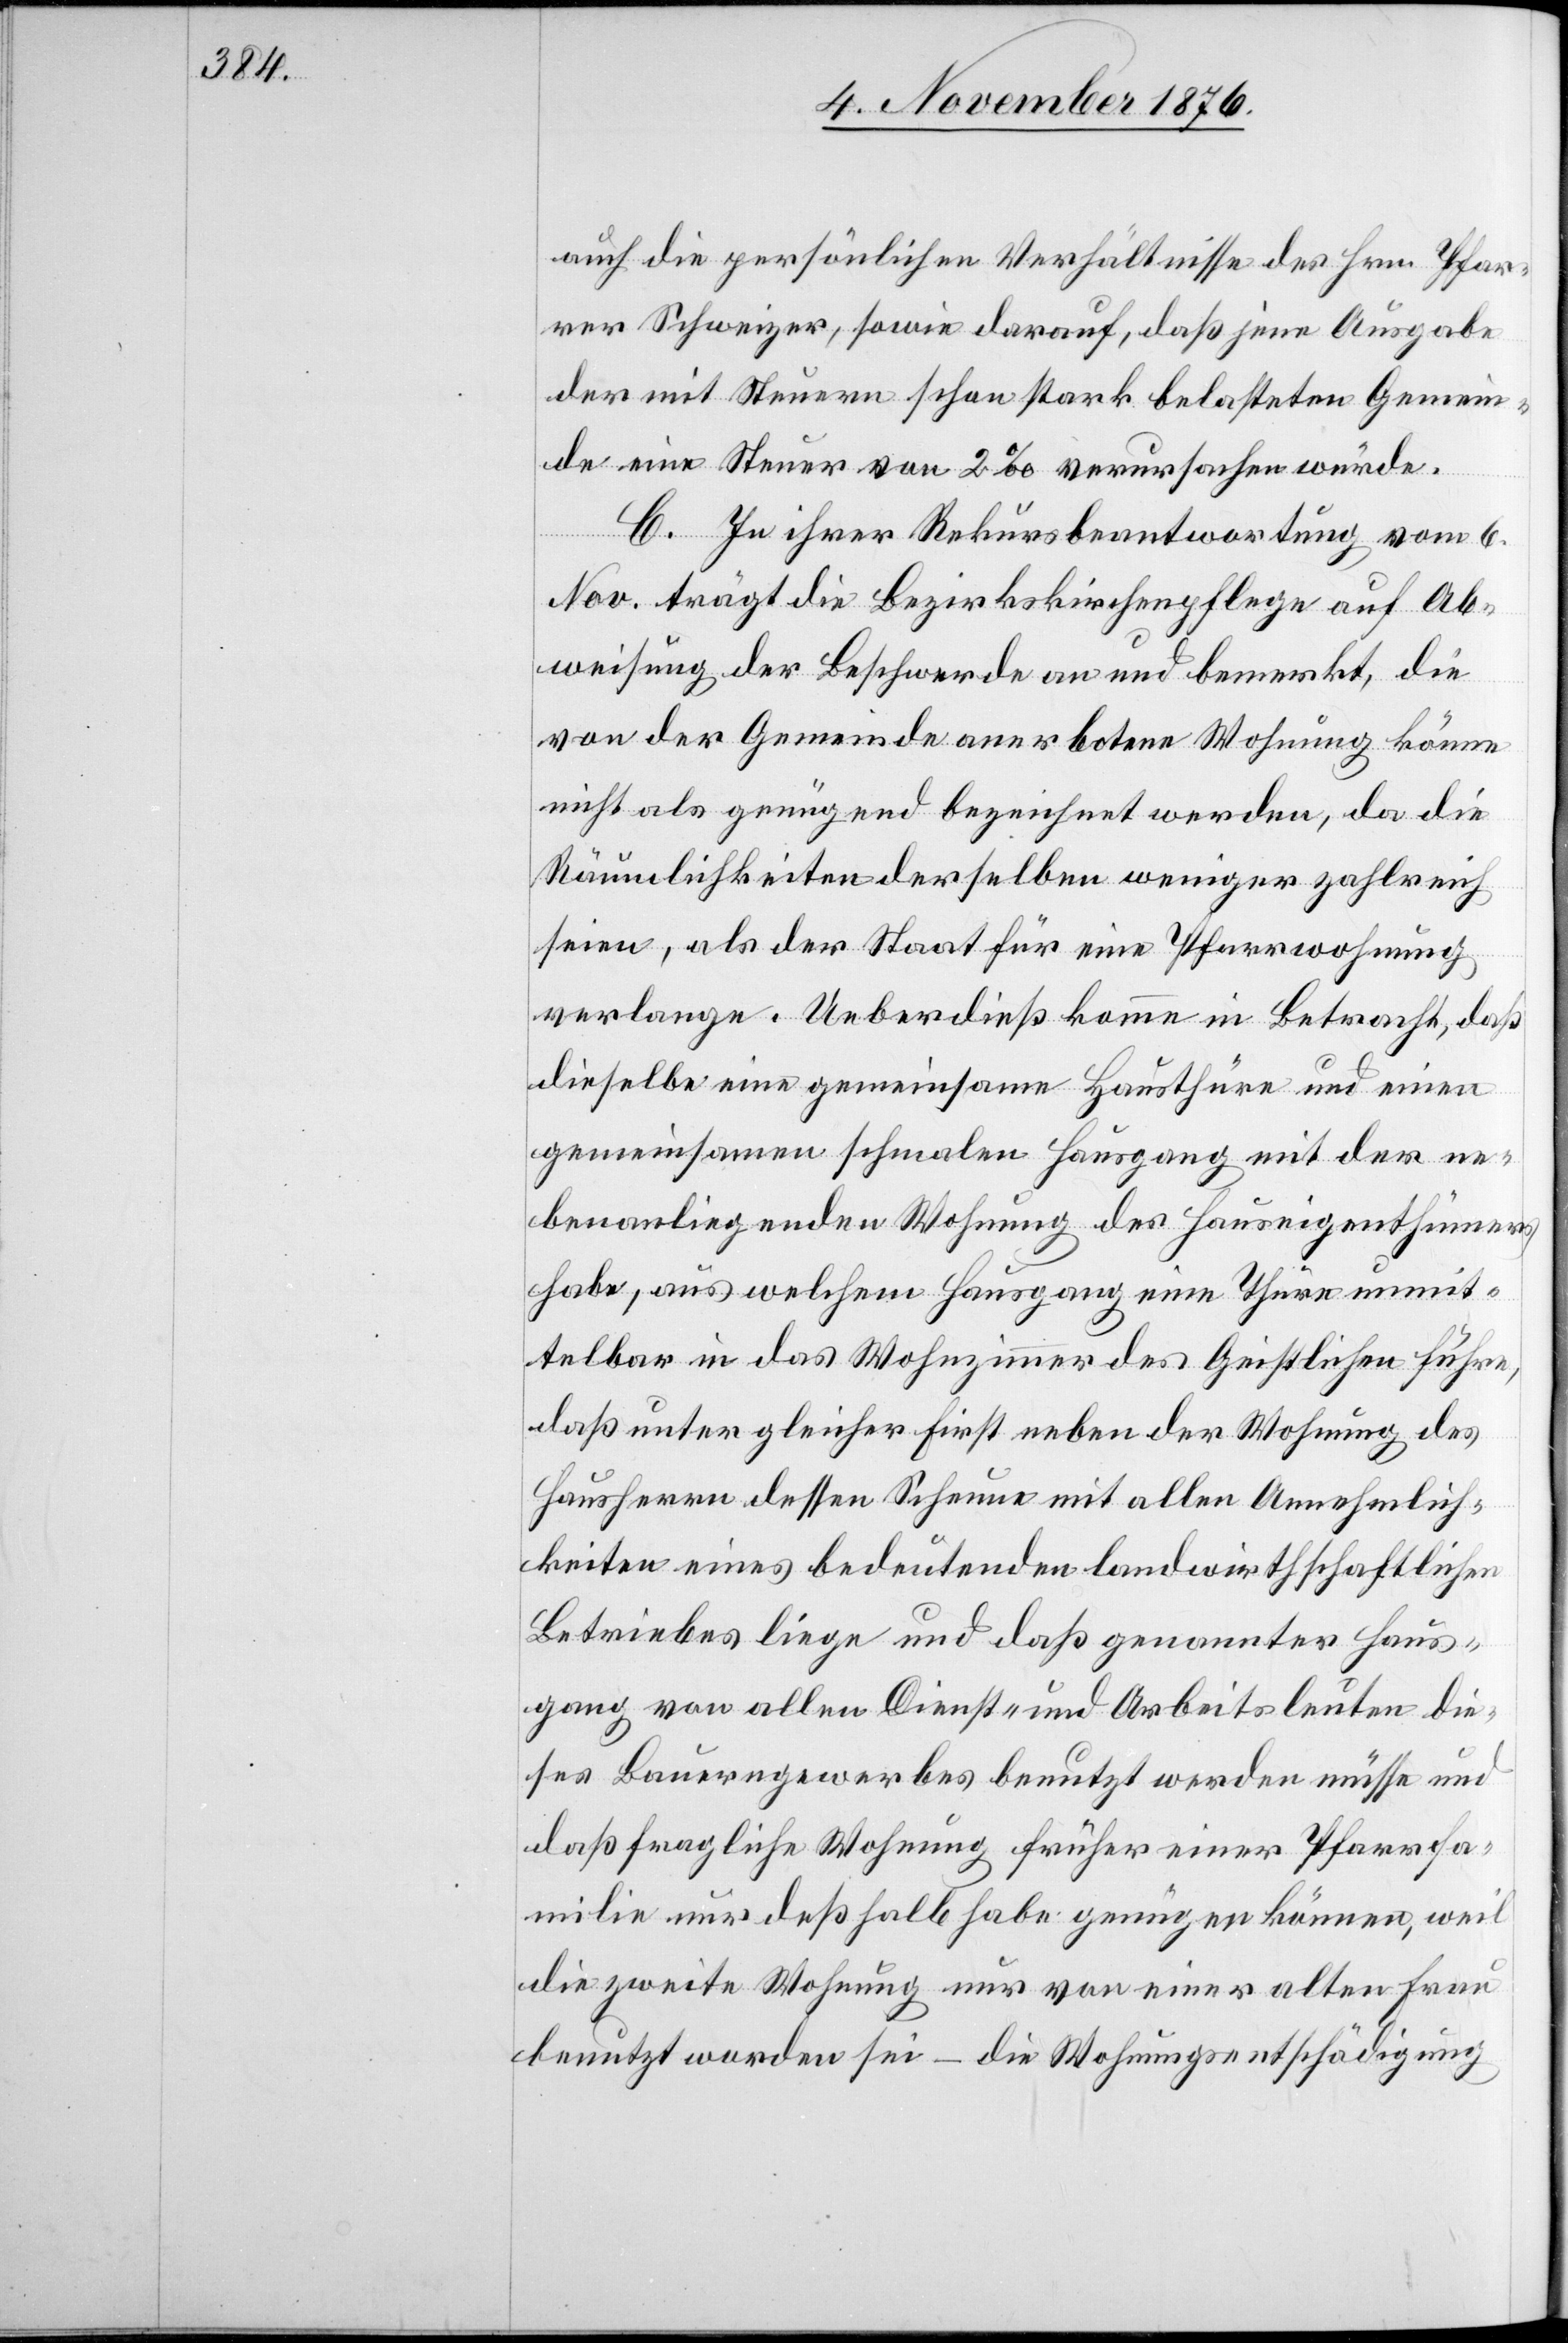
auch die persönlichen Verhältnisse des Hrn. Pfar¬
rer Schweizer, sowie darauf, daß jene Ausgabe
der mit Steuern schon stark belasteten Gemein¬
de eine Steuer von 2‰ verursachen würde.
C. In ihrer Rekursbeantwortung vom 6.
Nov. trägt die Bezirkskirchenpflege auf Ab¬
weisung der Beschwerde an und bemerkt, die
von der Gemeinde anerbotene Wohnung könne
nicht als genügend bezeichnet werden, da die
Räumlichkeiten derselben weniger zahlreich
seien, als der Staat für eine Pfarrwohnung
verlange. Ueberdieß komme in Betracht, daß
dieselbe eine gemeinsame Hausthüre und einen
nebenanliegenden Wohnung des Hauseigenthümers
habe, aus welchen Hausgang eine Thüre unmit¬
telbar in das Wohnzimmer des Geistlichen führe,
daß unter gleicher First neben der Wohnung des
Hausherrn dessen Scheune mit allen Annehmlich¬
keiten eines bedeutenden landwirthschaftlichen
Betriebes liege und daß genannter Haus¬
gang von allen Dienst- und Arbeitsleuten die¬
ses Bauerngewerbes benutzt werden müsse und
daß fragliche Wohnung früher einer Pfarrfa¬
milie nur deßhalb habe genügen können, weil
die zweite Wohnung nur von einer alten Frau
benutzt worden sei – die Wohnungsentschädigung